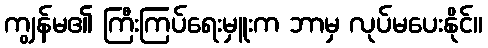
ကျွန်မ၏ ကြီးကြပ်ရေးမှူးက ဘာမှ လုပ်မပေးနိုင်။